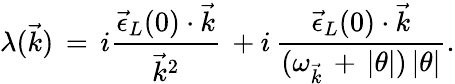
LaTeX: \lambda(\vec{k})\, =\, i\frac{{\vec{\epsilon}}_{L}(0)\cdot\vec{k}}{{\vec{k}}^{2}}\, +i\, \frac{{\vec{\epsilon}}_{L}(0)\cdot\vec{k}}{(\omega_{\vec{k}}\, +\, |\theta|)\, |\theta|}.